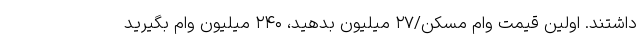
داشتند. اولین قیمت وام مسکن/۲۷ میلیون بدهید، ۲۴۰ میلیون وام بگیرید